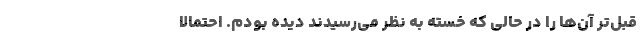
قبل‌تر آن‌‌ها را در حالی که خسته به نظر می‌رسیدند دیده بودم. احتمالا